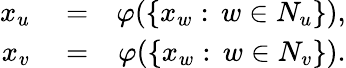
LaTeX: \begin{array}{rlr}{x_{u}}&{{}=}&{\varphi(\{ x_{w}:\, w\in N_{u}\} ),}\\ {x_{v}}&{{}=}&{\varphi(\{ x_{w}:\, w\in N_{v}\} ).}\end{array}